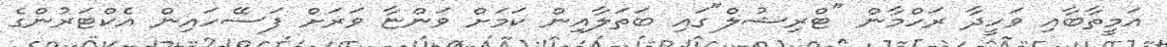
އަމީތާބާއި ވަހީދާ ރަހްމާން "ޓްރިޝުލް"ގައި ބަތަލާއިން ކަމަށް ވަންޏާ ވަރަށް ފަސޭހައިން އެކްޓަރުންގެ